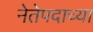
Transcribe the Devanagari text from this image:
नेतेपदाच्या